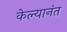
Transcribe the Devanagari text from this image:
केल्यानंत